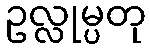
ဥလ္လုမ္ပတု